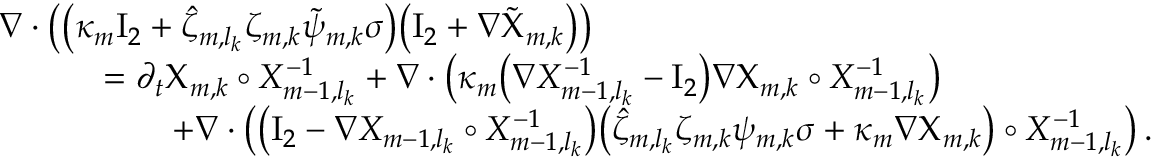
\begin{array} { r l } { \lefteqn { \nabla \cdot \bigl ( \bigl ( \kappa _ { m } \ensuremath { \mathrm { I } _ { 2 } } + \hat { \zeta } _ { m , l _ { k } } \zeta _ { m , k } \tilde { \psi } _ { m , k } \sigma \bigr ) \bigl ( \ensuremath { \mathrm { I } _ { 2 } } + \nabla \tilde { \Chi } _ { m , k } \bigr ) \bigr ) } \qquad } & { } \\ & { = \partial _ { t } { \Chi } _ { m , k } \circ X _ { m - 1 , l _ { k } } ^ { - 1 } + \nabla \cdot \bigl ( \kappa _ { m } \bigl ( \nabla X _ { m - 1 , l _ { k } } ^ { - 1 } - \ensuremath { \mathrm { I } _ { 2 } } \bigr ) \nabla { \Chi } _ { m , k } \circ X _ { m - 1 , l _ { k } } ^ { - 1 } \bigr ) } \\ & { \qquad + \nabla \cdot \bigl ( \bigl ( \ensuremath { \mathrm { I } _ { 2 } } - \nabla X _ { m - 1 , l _ { k } } \circ X _ { m - 1 , l _ { k } } ^ { - 1 } \bigr ) \bigl ( \hat { \zeta } _ { m , l _ { k } } \zeta _ { m , k } { \psi } _ { m , k } \sigma + \kappa _ { m } \nabla { \Chi } _ { m , k } \bigr ) \circ X _ { m - 1 , l _ { k } } ^ { - 1 } \bigr ) \, . } \end{array}